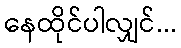
နေထိုင်ပါလျှင်...